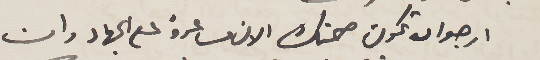
ارجو ان تكون صحتك الان مساعدة على الجهاد وان